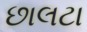
છાલટા